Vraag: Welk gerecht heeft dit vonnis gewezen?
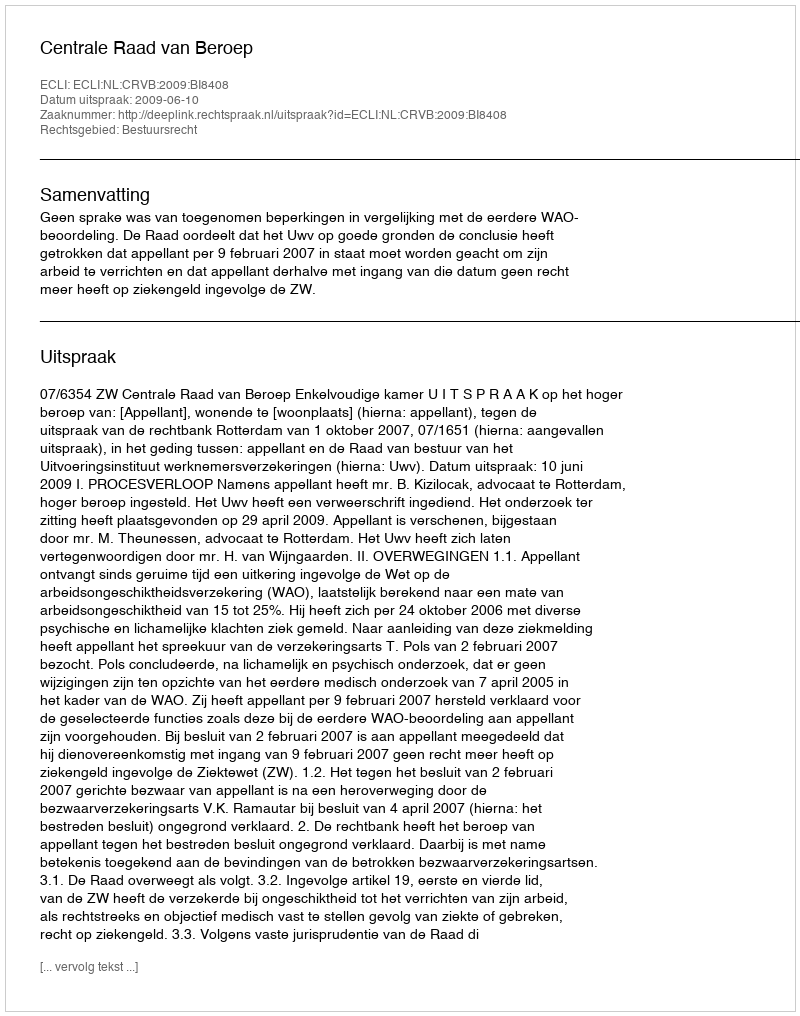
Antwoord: Centrale Raad van Beroep